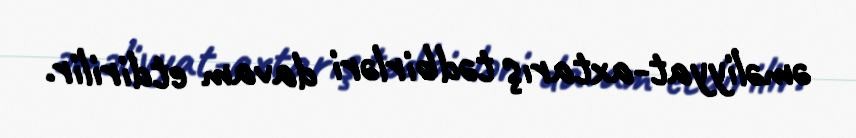
əməliyyat-axtarış tədbirləri davam etdirilir.